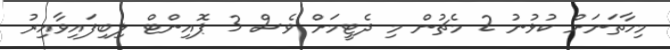
މިހާތަނަށް ކުޅުނު 2 މެޗުން މި ދެޓީމަށް ވެސް 3 ޕޮއިންޓް ލިބިފައިވާއިރު